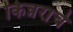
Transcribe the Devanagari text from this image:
किन्नराचे